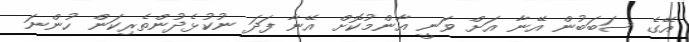
އޭގެ ސަބަބުން އޭނާ އަށް ވަނީ އާންމުކޮށް އޭނާ ފަދަ ނުކުޅެދުންތެރިކަން ހުންނަ